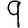
Digit: 9